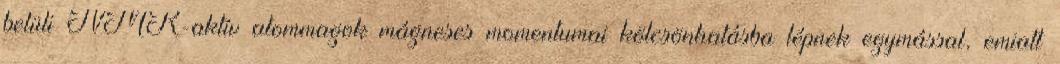
belüli NMR-aktív atommagok mágneses momentumai kölcsönhatásba lépnek egymással, emiatt